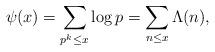
LaTeX: \begin{align*} \psi(x)=\sum_{p^k\le x}\log p=\sum_{n\le x}\Lambda(n),\end{align*}